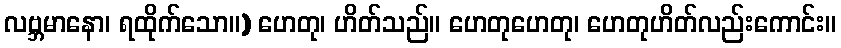
လဗ္ဘမာနော၊ ရထိုက်သော။) ဟေတု၊ ဟိတ်သည်။ ဟေတုဟေတု၊ ဟေတုဟိတ်လည်းကောင်း။